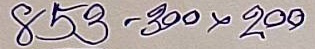
853 - 300 x 200